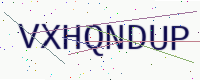
Text: VXHQNDUP